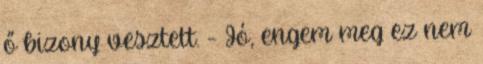
ő bizony vesztett. - Jó, engem meg ez nem